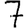
Digit: 7